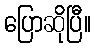
ပြောဆိုပြီ။